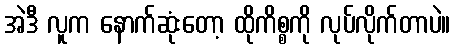
အဲဒီ လူက နောက်ဆုံးတော့ ထိုကိစ္စကို လုပ်လိုက်တာပဲ။